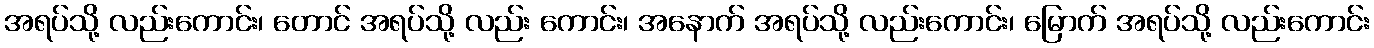
အရပ်သို့ လည်းကောင်း၊ တောင် အရပ်သို့ လည်း ကောင်း၊ အနောက် အရပ်သို့ လည်းကောင်း၊ မြောက် အရပ်သို့ လည်းကောင်း